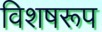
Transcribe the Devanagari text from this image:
विशषरूप